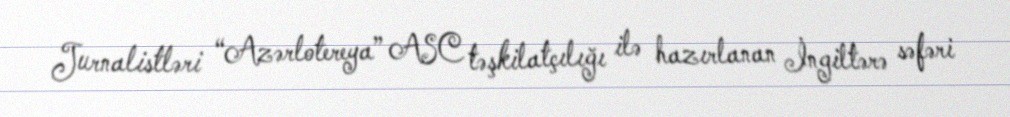
Jurnalistləri “Azərlotereya” ASC təşkilatçılığı ilə hazırlanan İngiltərə səfəri